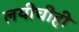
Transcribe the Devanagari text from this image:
लयीचीही